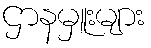
ဌာနမှူးများ